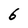
Character: 6